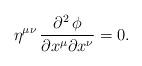
LaTeX: \begin{align*}\eta^{\mu \nu}\, {\partial^2 \, \phi \over \partial x^{\mu} \partial x^{\nu}}=0. \end{align*}